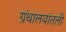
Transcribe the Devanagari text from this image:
ग्रंथालयांतली